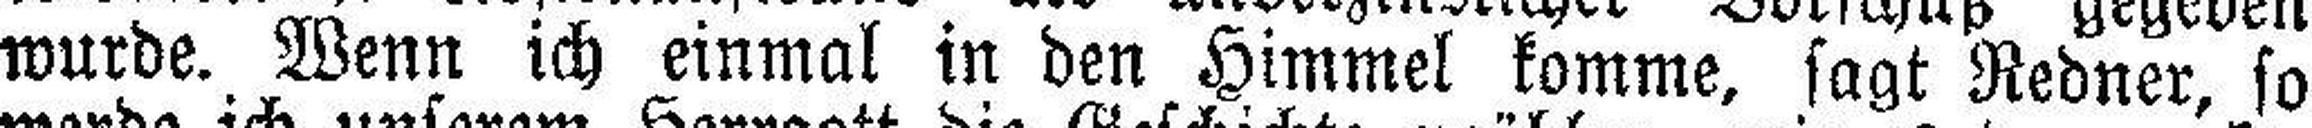
wurde. Wenn ich einmal in den Himmel komme, sagt Redner, so